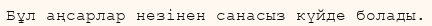
Бұл аңсарлар незінен санасыз күйде болады.